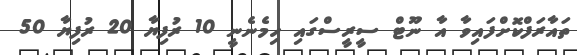
ތައާރަފްކޮށްފައިވާ އާ ނޫޓް ސީރީސްގައި ހިމެނެނީ 10 ރުފިޔާ 20 ރުފިޔާ 50